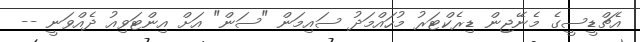
އެޗްޑީސީގެ މެނޭޖިން ޑިރެކްޓަރު މުހައްމަދު ސައިމަން "ސަން" އަށް އިންޓަވިއު ދެއްވަނީ --